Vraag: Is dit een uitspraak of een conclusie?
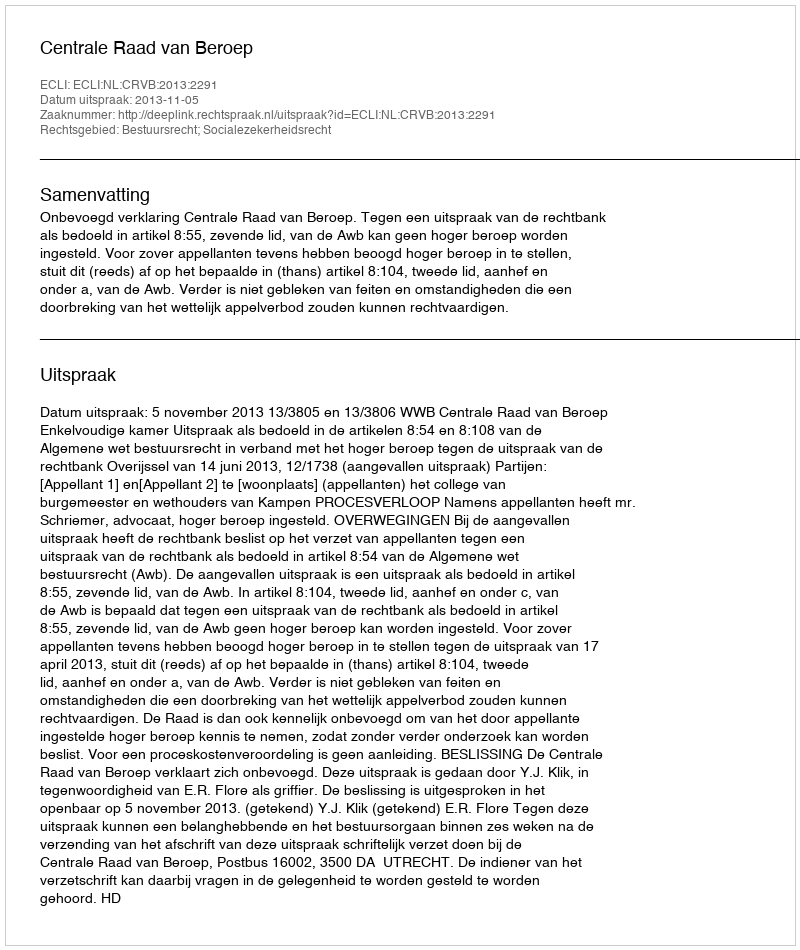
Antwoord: Uitspraak